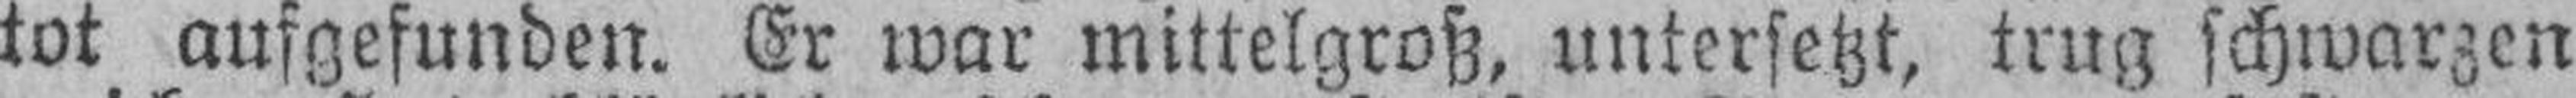
tot aufgefunden. Er war mittelgroß, untersetzt, trug schwarzen